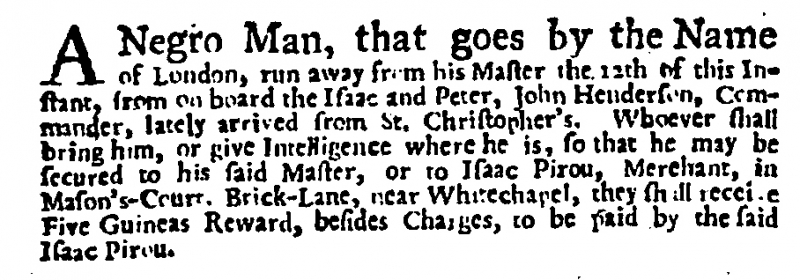
Daily Post, 29 July 1730 (England)
A Negro Man, that goes by the Name of London, run away from his Master the 12th of this Instant, from on board the Isaac and Peter, John Henderson, Commander, lately arrived from St. Christopher’s. Whoever shall bring him, or give Intelligence where he is, so that he may be secured to his said Master, or to Isaac Pirou, Merchant, in Mason’s-Court, Brick-Lane, near Whitechapel, they shall receive Five Guineas Reward, besides Charges, to be paid by the said Isaac Pirou.